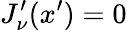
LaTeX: J_{\nu}^{\prime}(x^{\prime})=0